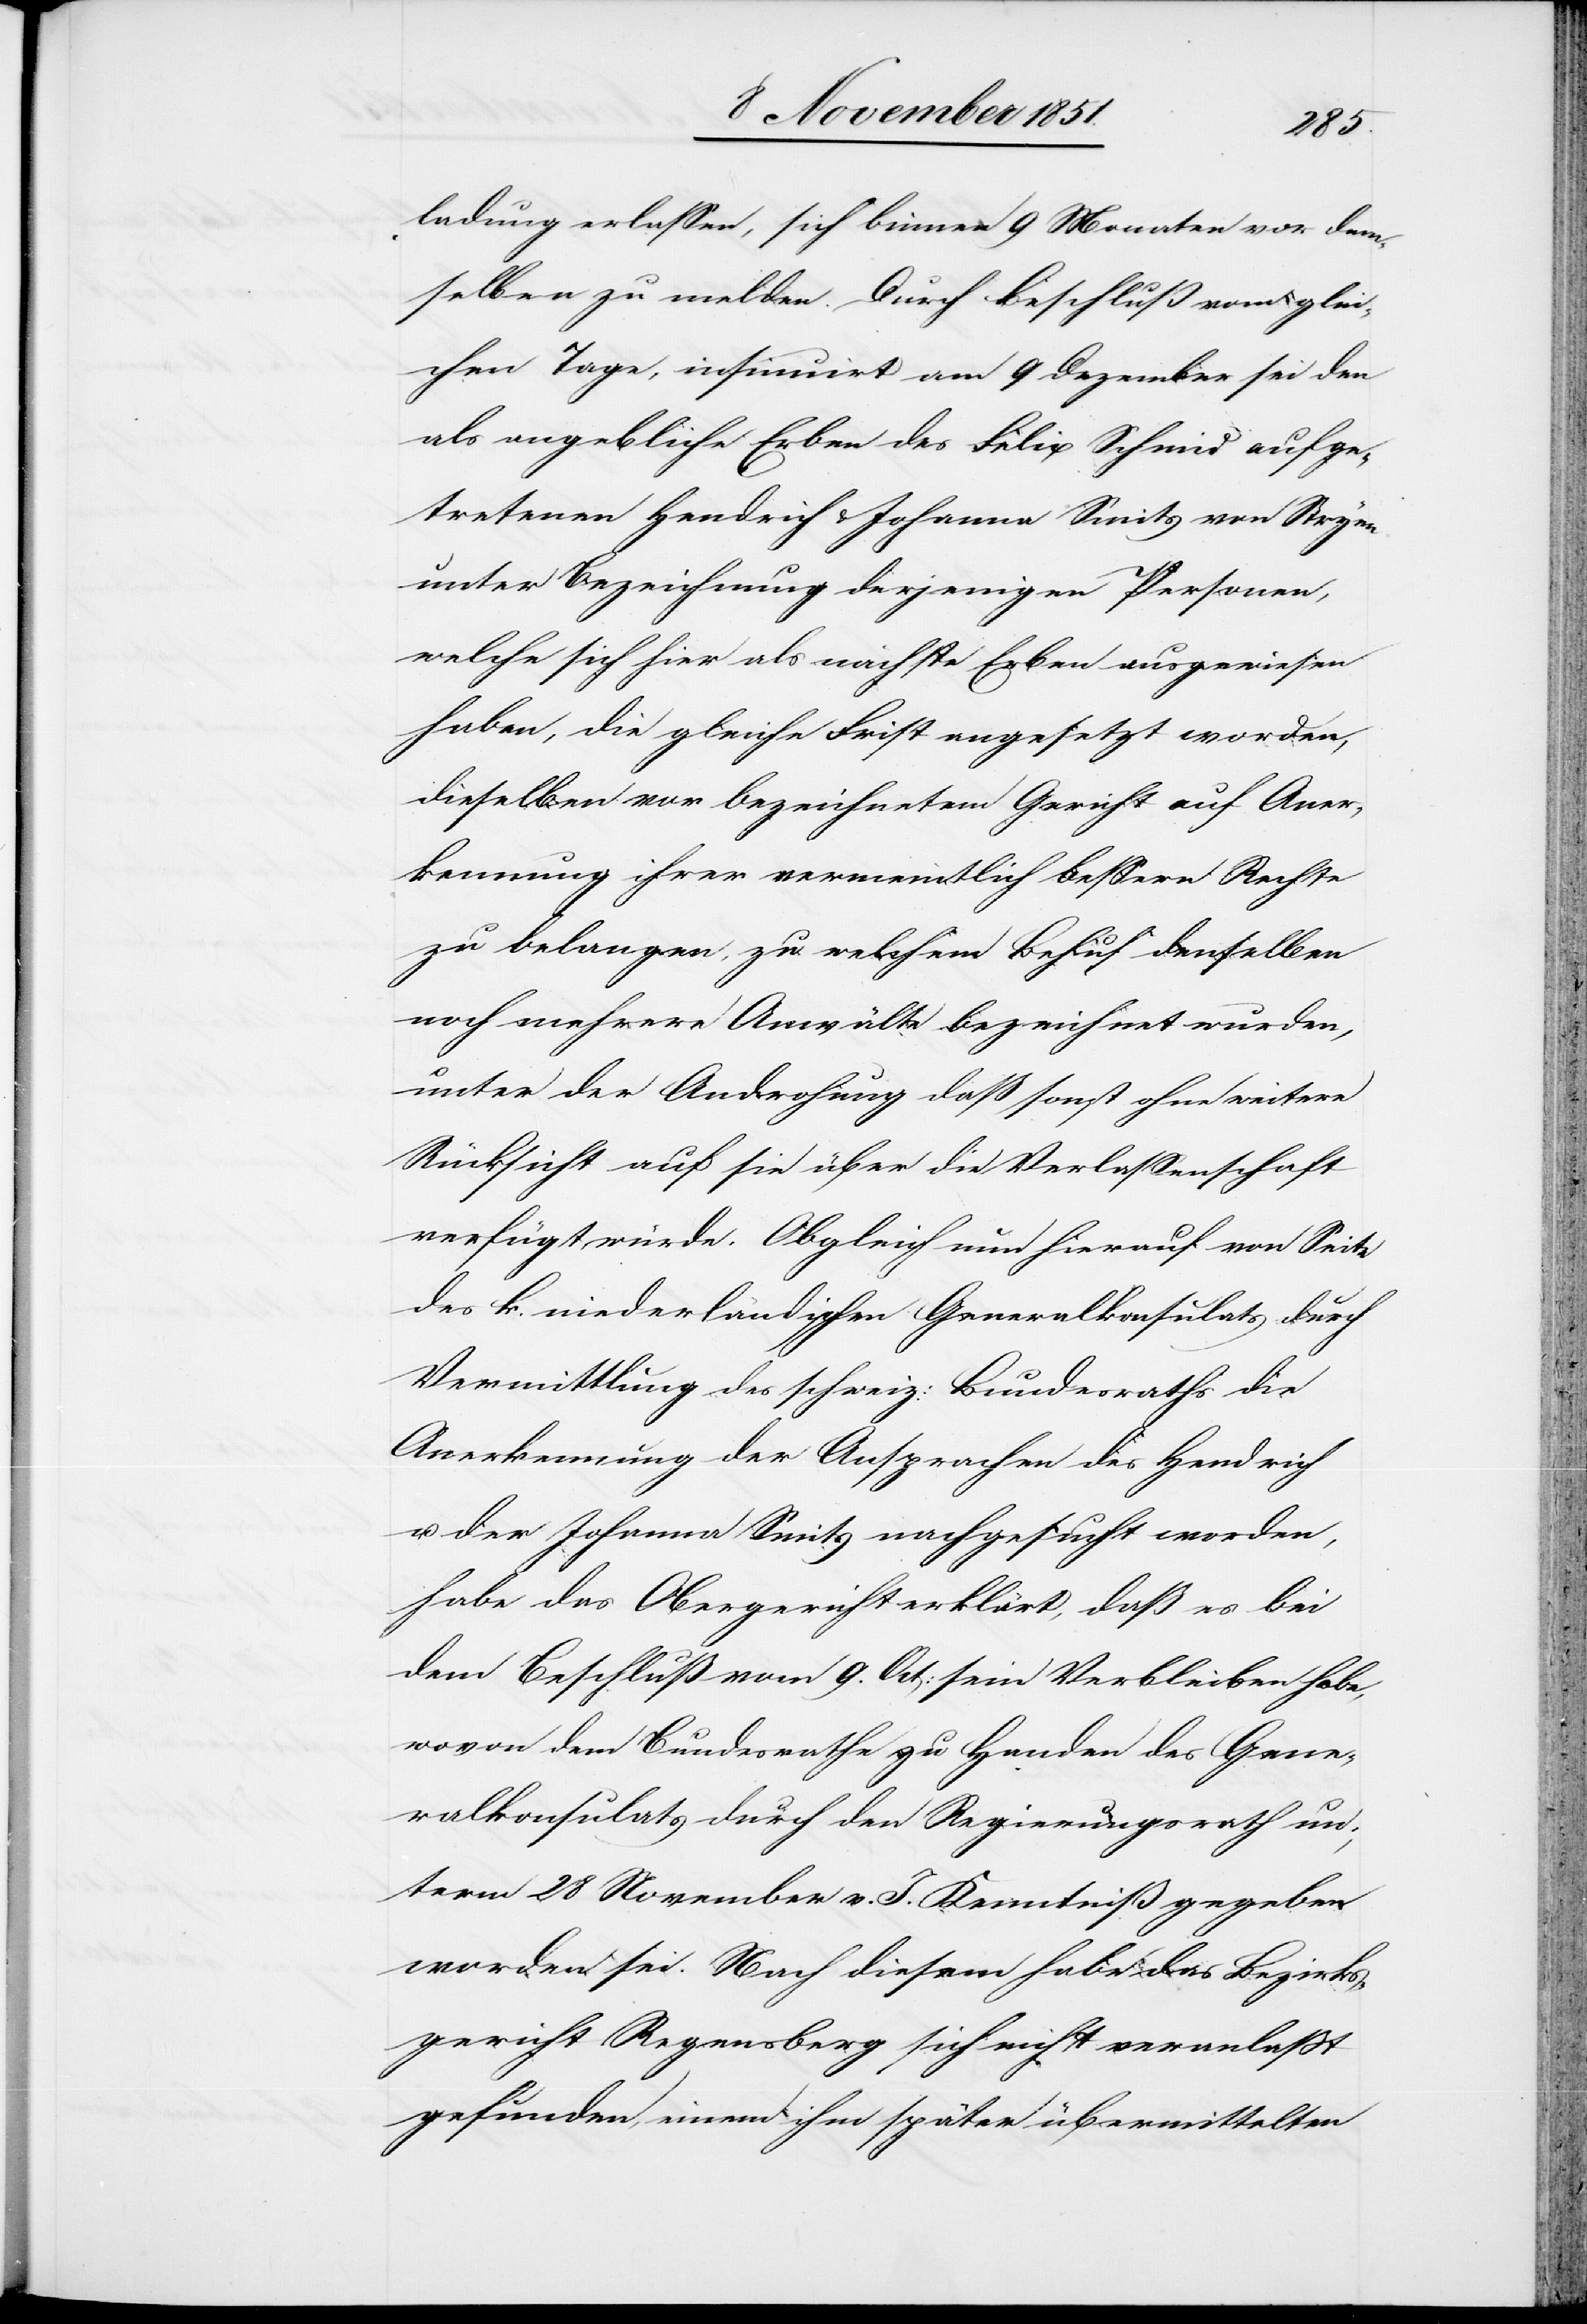
ladung erlassen, sich binnen 9 Monaten vor dem¬
selben zu melden. Durch Beschluß vom glei¬
chen Tage, insinuirt am 9 Dezember sei den
als angebliche Erben des Felix Schmid [sic!] aufge¬
tretenen Hendrich & Johanna Smits von Stryen
unter Bezeichnung derjenigen Personen,
welche sich hier als nächste Erben ausgewiesen
haben, die gleiche Frist angesetzt worden,
dieselben vor bezeichnetem Gericht auf Aner¬
kennung ihrer vermeintlich bessern Rechte
zu belangen, zu welchem Behuf denselben
noch mehrere Anwälte bezeichnet wurden,
unter der Androhung daß sonst ohne weitere
Rücksicht auf sie über die Verlassenschaft
verfügt würde. Obgleich nun hierauf von Seite
des k. niederländischen Generalkonsulats durch
Vermittlung des schweiz: Bundesraths die
Anerkennung der Ansprachen des Hendrich
u. der Johanna Smits nachgesucht worden,
habe das Obergericht erklärt, daß es bei
dem Beschluß vom 9. Oct: sein Verbleiben habe,
wovon dem Bundesrathe zu Handen des Gene¬
ralkonsulats durch den Regierungsrath un¬
term 28 November v. J. Kenntniß gegeben
worden sei. Nach diesem habe das Bezirks¬
gericht Regensberg sich nicht veranlaßt
gefunden, einem ihm später übermittelten